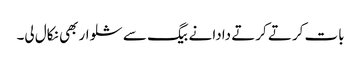
بات کرتے کرتے دادا نے بیگ سے شلوار بھی نکال لی۔